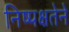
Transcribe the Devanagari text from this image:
निष्पक्षतेने